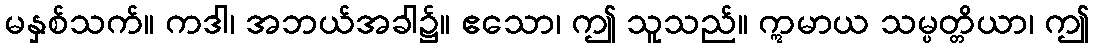
မနှစ်သက်။ ကဒါ၊ အဘယ်အခါ၌။ ဧသော၊ ဤ သူသည်။ ဣမာယ သမ္ပတ္တိယာ၊ ဤ